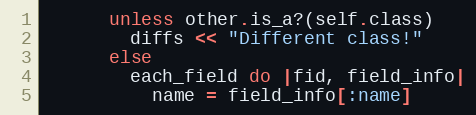
Language: Ruby
      unless other.is_a?(self.class)
        diffs << "Different class!"
      else
        each_field do |fid, field_info|
          name = field_info[:name]